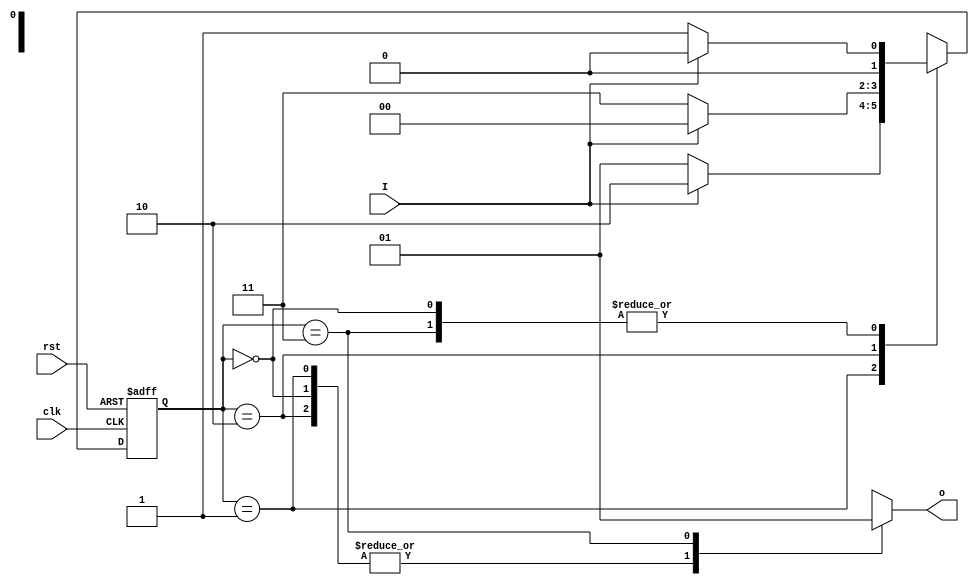
module FSM(o, I, clk, rst);
output o;
reg o;
input I, clk, rst;
reg [1:0] CurrState, NxState;

always @ (posedge clk or posedge rst)
 if (rst)
  CurrState <= 2'b00;
 else
  CurrState <= NxState;

always @ (I or CurrState)
 case (CurrState)
  2'b00: begin
  
   NxState = I ? 2'b00:2'b01;
   o = 0;
  end
  2'b01: begin
   NxState = I ? 2'b10:2'b01;
   o = 0;
  end
  2'b10: begin
   NxState = I ? 2'b00:2'b11;
   o = 0;
  end
  2'b11: begin
   NxState = I ? 2'b00:2'b01;
   o = 1;
  end
 endcase
 
endmodule